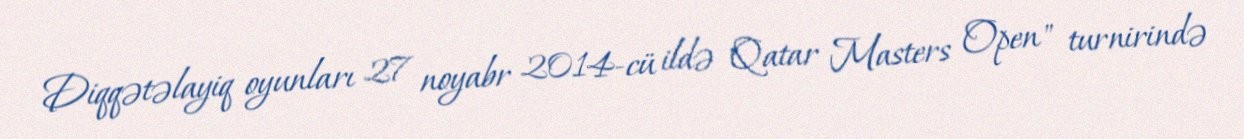
Diqqətəlayiq oyunları 27 noyabr 2014-cü ildə "Qatar Masters Open" turnirində